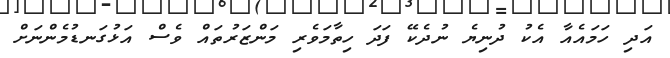
އަދި ހަމައެއާ އެކު ދުނިޔެ ނުދެކޭ ފަދަ ހިތާމަވެރި މަންޒަރުތައް ވެސް އަޅުގަނޑުމެންނަށް